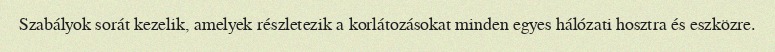
Szabályok sorát kezelik, amelyek részletezik a korlátozásokat minden egyes hálózati hosztra és eszközre.